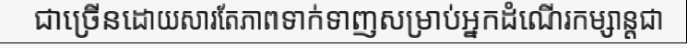
ជាច្រើនដោយសារតែភាពទាក់ទាញសម្រាប់អ្នកដំណើរកម្សាន្តជា